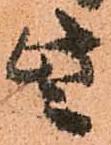
些